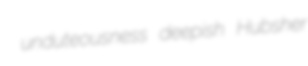
unduteousness deepish Hubsher